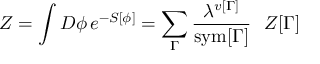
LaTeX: Z = \int { \cal D } \phi \, e ^ { - S [ \phi ] } = \sum _ { \Gamma } { \frac { \lambda ^ { v [ \Gamma ] } } { \mathrm { s y m } [ \Gamma ] } } \ \ Z [ \Gamma ]